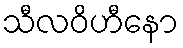
သီလဝိဟီနော